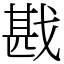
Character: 戡